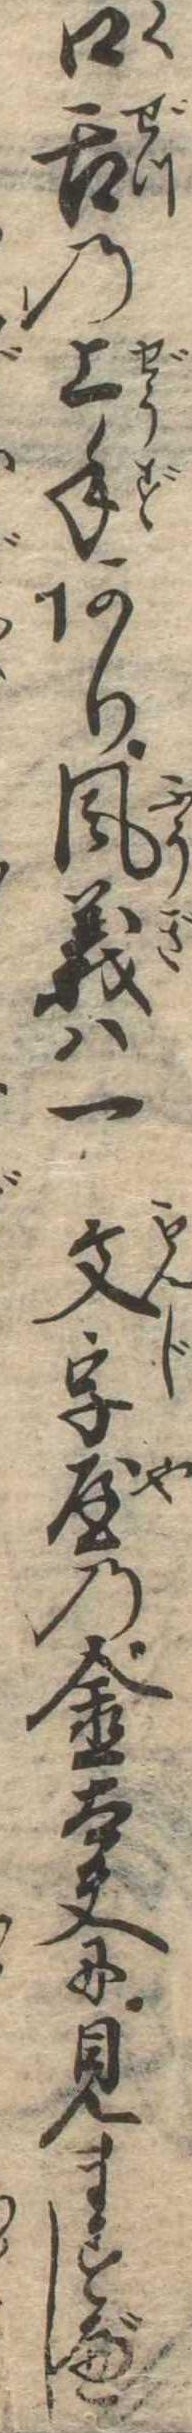
口舌の上手あり風義は一文字屋の金太夫に見ますべし